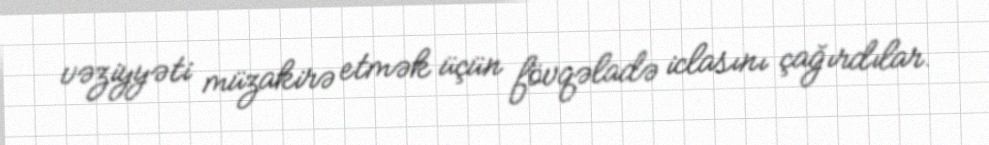
vəziyyəti müzakirə etmək üçün fövqəladə iclasını çağırdılar.